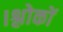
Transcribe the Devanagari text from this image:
।श्लोकों